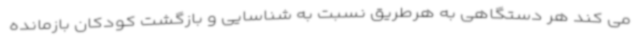
می کند هر دستگاهی به هرطریق نسبت به شناسایی و بازگشت کودکان بازمانده